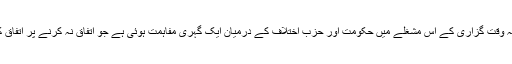
یوں لگتا ہے کہ وقت گزاری کے اس مشغلے میں حکومت اور حزب اختلاف کے درمیان ایک گہری مفاہمت ہوئی ہے جو اتفاق نہ کرنے پر اتفاق کرنے کی ہے۔